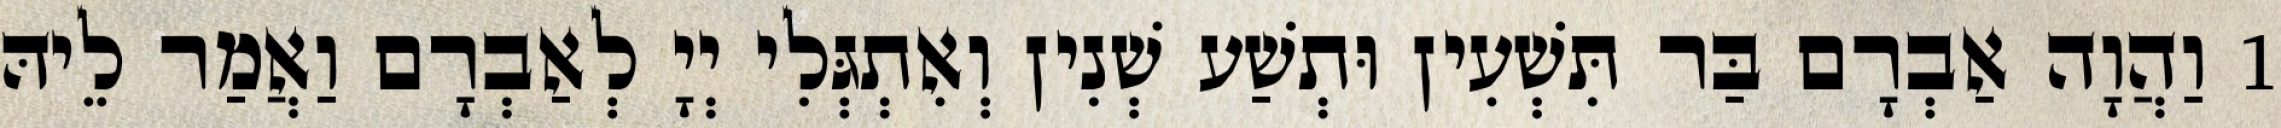
1 וַהֲוָה אַבְרָם בַּר תִּשְׁעִין וּתְשַׁע שְׁנִין וְאִתְגְּלִי יְיָ לְאַבְרָם וַאֲמַר לֵיהּ